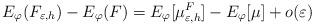
LaTeX: \begin{align*} E_{\varphi}(F_{\varepsilon,h}) - E_{\varphi}(F)= E_{\varphi}[\mu_{\varepsilon,h}^F] - E_{\varphi}[\mu]+ o(\varepsilon) \end{align*}